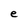
Character: e